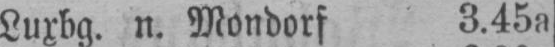
Luxbg. n. Mondorf 3.45a